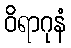
ဝိရာဂုနံ